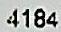
4184